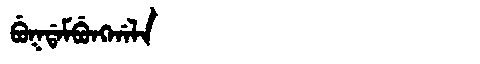
Manchu: ᠪᡠᡴᡩᠠᠮᠪᡠᠩᡤᠠᠯᠠ
Romanization: BUKDAMBUNGGALA